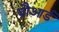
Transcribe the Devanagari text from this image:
ब्रौआर्ड